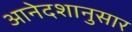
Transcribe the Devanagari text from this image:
आनेदशानुसार